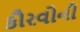
કૌરવોની